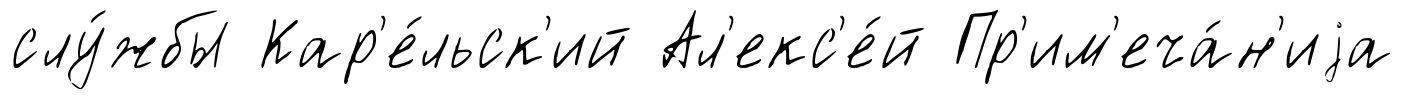
слу́жбы Кар'е́льск'ий Ал'екс'е́й Пр'им'еча́н'иjа